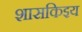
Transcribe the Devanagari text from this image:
शासकिइय